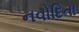
નવોદિતા